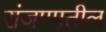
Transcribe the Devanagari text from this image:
रांजणातील